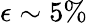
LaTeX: \epsilon\sim 5\%